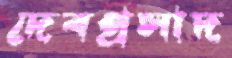
দেবপ্রসাদ